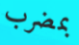
بمضرب